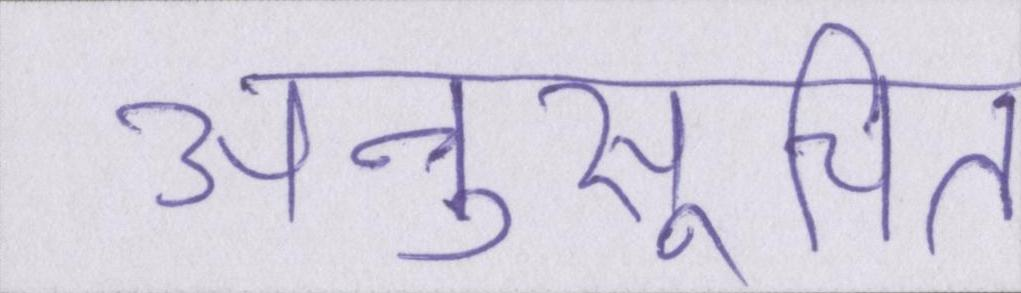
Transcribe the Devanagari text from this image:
अनुसूचित